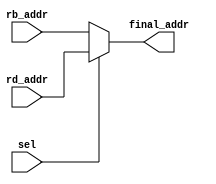
module mux2to1_3bit (
    input [2:0] rd_addr,
    input [2:0] rb_addr,
    input sel,
    output [2:0] final_addr
    ); 
    reg [2:0] final_addr;

    always @(rd_addr,rb_addr,final_addr)
    begin
        if(sel == 0) 
            final_addr = rb_addr; 
        else
            final_addr = rd_addr;
    end
    
endmodule